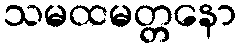
သမထမတ္တနော